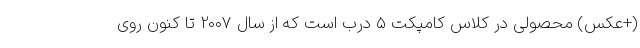
(+عکس) محصولی در کلاس کامپکت 5 درب است که از سال 2007 تا کنون روی